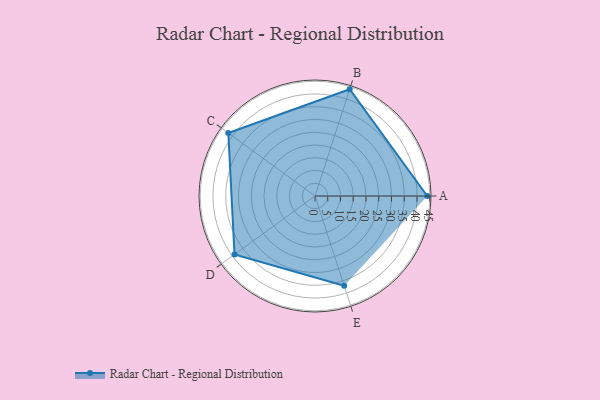
{"axis": {"x": "Skill", "y": "Score"}, "legend": ["Profile"], "data": [{"x": "A", "y": 44.0, "type": "Profile"}, {"x": "B", "y": 44.0, "type": "Profile"}, {"x": "C", "y": 42.0, "type": "Profile"}, {"x": "D", "y": 39.0, "type": "Profile"}, {"x": "E", "y": 37.0, "type": "Profile"}]}